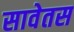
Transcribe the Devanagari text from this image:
सावेतस